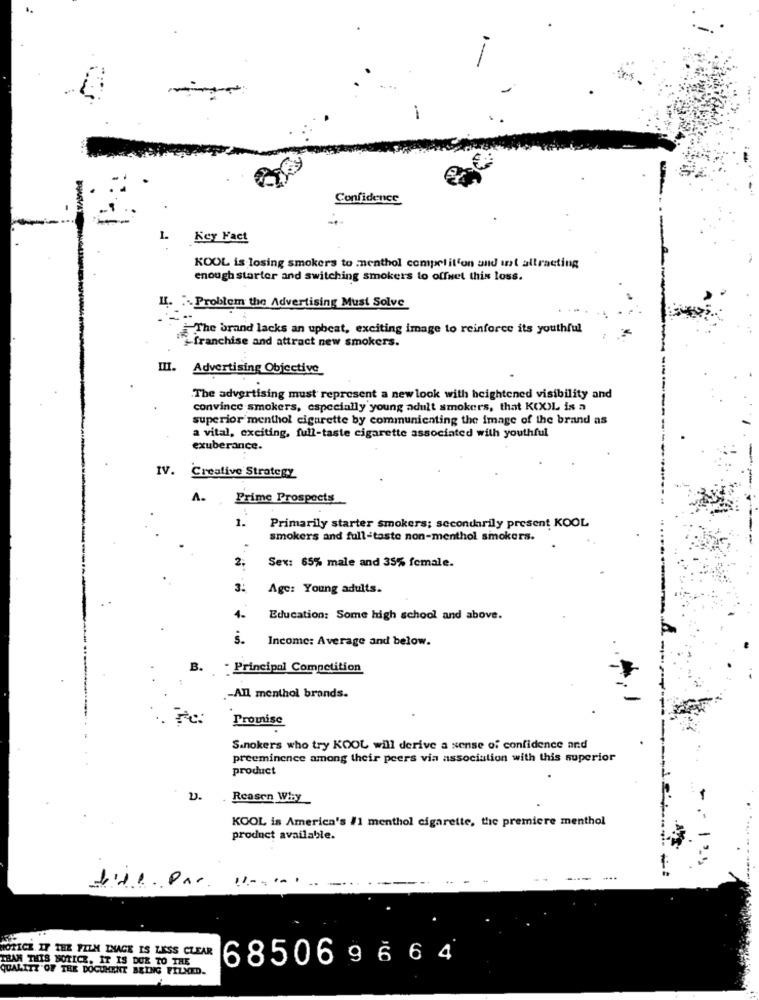
-
Confidence
1.
Key Fact
KOOL is losing smokers to menthol competil'on and inst altraeting
enough starter and switching smokers to offset this loss.
L. :- Problem the Advertising Must Solve
The brand lacks an upbeat, exciting image to reinforce its youthful
12- franchise and attract new smokers.
III. Advertising Objective
The advertising must represent a new look with heightened visibility and
convince smokers, especially young adult smokers, that KOXXL is a
superior menthol cigarette by communicating the image of the brand as
a vital, exciting, full-taste cigarette associated with youthful
exuberance.
IV. Creative Strategy
A.
Prime Prospects
1.
Primarily starter smokers; secondarily present KOOL
smokers and full-taste non-menthol smokers.
2.
Sex: 65% male and 35% female.
3
Age: Young adults.
4.
Education: Some high school and above.
s.
Income: Average and below.
B.
. Principal Competition
-All menthol brands.
Prowise
Sanokers who try KOOL will derive a sense of confidence and
preeminence among their peers via association with this superior
product
Reason Why
KOOL is America's /1 menthol cigarette, the premiere menthol
product available.
11-
HORICE IF THE FILM INAGE IS LESS CLEAR
THAN THIS NOTICE. IT IS DUE TO THE
685069664
QUALITY OF THE DOCUMENT BEING FILMED.